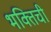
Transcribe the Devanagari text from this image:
भक्तिची